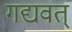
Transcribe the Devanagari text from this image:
गद्यवत्